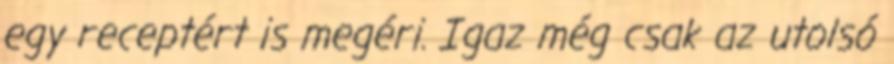
egy receptért is megéri. Igaz még csak az utolsó